Annual report of the Central Committee of the Association together with the report of the directors of the Pasteur Institute at Kasauli
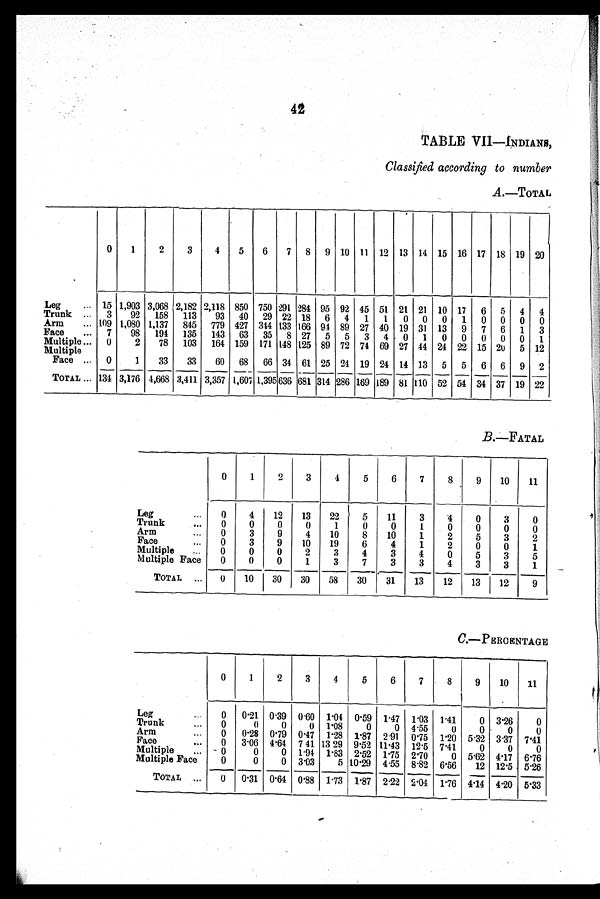
42
TABLE VII-INDIANS,
Classified according to number
A.—TOTAL
0
1
2
3
4
5
6
7 8 9 10 11 12 13 14 15 16 17 18 19 20
Leg
15 1,903 3,068 2,182 2,118 850 750 291 284 95 92 45
5 l 21 21 10 17 6 5 4 4
Trunk
3
92 158 113
93 40 29 22 18 6 4 1 1 0 0 0 1 0 0 0 0
Arm
109 1,080 1,137 845 779 427 344 133 166 94 89 27 40 19 31 13 9 7 6 1 3
Face
7
98 194 135 143 63 35 8 27 5 5 3 4 0 1 0 0 0 0 0 1
Multiple
0
2
78 103 164 159 171 148 125 89 72 74 69 27 44 24 22 15 20 5 12
Multiple
Face
0
1
33
33
60 68 66 34 61 25 24 19 24 14 13 5 5 6 6 9 2
TOTAL
134 3,176 4,668 3,411 3,357 1,607 1,395 636 681 314 286 169 189 81 110 52 54 34 37 19 22
B.—FATAL
0
1
2
3
4
5
6
7
8
9
10
11
Leg
0
4
12
13
22
5
11
3
4
0
3
0
Trunk
0
0
0
0
1
0
0
1
0
0
0
0
Arm
0
3
9
4
10
8
10
1
2
5
3
2
Face
0
3
9
10
19
6
4
1
2
0
0
1
Multiple
0
0
0
2
3
4
3
4
0
5
3
5
Multiple Face
0
0
0
1
3
7
3
3
4
3
3
1
TOTAL
0
10
30
30
58
30
31
13
12
13
12
9
C.—PERCENTAGE
0
1
2
3
4
5
6
7
8
9
10
11
Leg
0 0.21 0.39 0.60 1.04 0.59 1.47 1.03
1 . 4 1
0
3 . 2 6
0
Trunk
0
0
0
0 1.08
0
0
4 . 5 5
0
0
0
0
Arm
0 0.28
0 . 7 9
0 . 4 7 1.28
1 . 8 7 2.91 0.75 1.20
5 . 3 2 3.37 7.41
Face
0 3.06
4 . 6 4 7.41 13.29
9 . 5 2 11.43 12.5
7 . 4 1
0
0
0
Multiple
0
0
0 1.94
1 . 8 3
2 . 5 2 1.75 2.70
0 5.62
4 . 1 7 6.76
Multiple Face
0
0
0
3 . 0 3
5
1 0 . 2 9 4.55
8 . 8 2
6 . 5 6 12
1 2 . 5
5 . 2 6
TOTAL
0
0 . 3 1
0 . 6 4 0.88 1.73 1.87 2.22
2 . 0 4 1.76
4 . 1 4 4.20
5 . 3 3